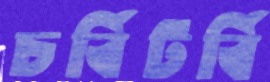
চর্বিটর্বি